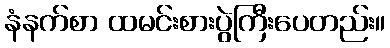
နံနက်စာ ထမင်းစားပွဲကြီးပေတည်း။